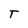
Character: T